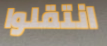
انتقلوا